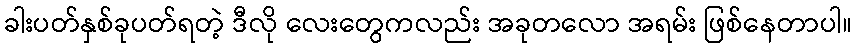
ခါးပတ်နှစ်ခုပတ်ရတဲ့ ဒီလို လေးတွေကလည်း အခုတလော အရမ်း ဖြစ်နေတာပါ။